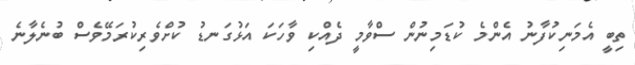
ތިބީ އެމަނިކުފާނު އެންމެ ކުޑަމިނުން ސްވާމީ ދެއްކި ވާހަކަ އަޅުގަނޑު ކުށްވެރިކުރަމޭވެސް ބުނެލާނެ